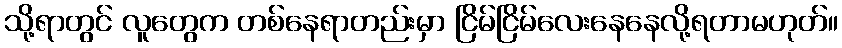
သို့ရာတွင် လူတွေက တစ်နေရာတည်းမှာ ငြိမ်ငြိမ်လေးနေနေလို့ရတာမဟုတ်။